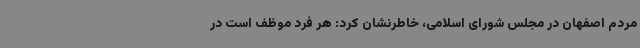
مردم اصفهان در مجلس شورای اسلامی، خاطرنشان کرد: هر فرد موظف است در